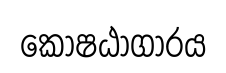
කෝෂඨාගාරය